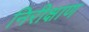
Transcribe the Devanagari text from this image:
निरीक्षाण